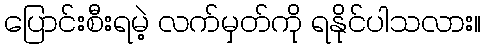
ပြောင်းစီးရမဲ့ လက်မှတ်ကို ရနိုင်ပါသလား။